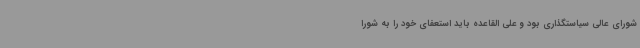
شورای عالی سیاستگذاری بود و علی القاعده باید استعفای خود را به شورا